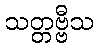
သတ္တဗ္ဗီသ